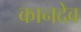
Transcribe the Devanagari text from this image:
कानदेव